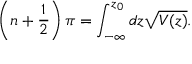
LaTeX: \left( n + \frac { 1 } { 2 } \right) \pi = \int _ { - \infty } ^ { z _ { 0 } } d z \sqrt { V ( z ) } .